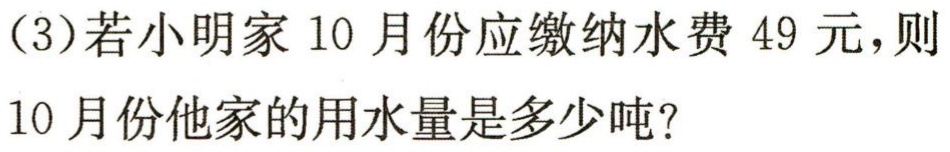
（3）若小明家10月份应缴纳水费49元，则10月份他家的用水量是多少吨？